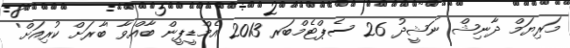
މަރިޔަމް ދާނިޝް ނަޝީދު 26 ސެޕްޓެމްބަރ 2013 އެމްޑީޕީން ބާއްވާ 'ބާރަށް ކުރިއަށް'